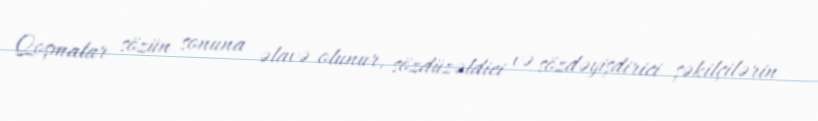
Qoşmalar sözün sonuna əlavə olunur, sözdüzəldici və sözdəyişdirici şəkilçilərin